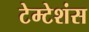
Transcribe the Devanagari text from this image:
टेम्टेशंस